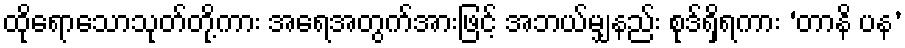
ထိုရောသောသုတ်တို့ကား အရေအတွက်အားဖြင့် အဘယ်မျှနည်း စုဒ်ရှိရကား ‘တာနိ ပန’